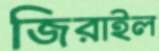
জিরাইল